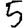
Digit: 5